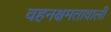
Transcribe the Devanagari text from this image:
वहनक्षमतावाली